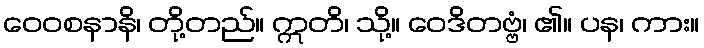
ဝေဝစနာနိ၊ တို့တည်။ ဣတိ၊ သို့။ ဝေဒိတဗ္ဗံ၊ ၏။ ပန၊ ကား။